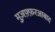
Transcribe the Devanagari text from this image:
मुज़फ़्फ़रआबाद